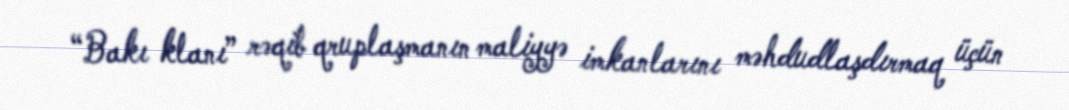
“Bakı klanı” rəqib qruplaşmanın maliyyə imkanlarını məhdudlaşdırmaq üçün